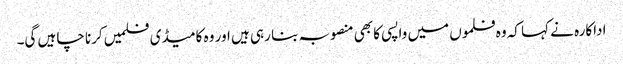
اداکارہ نے کہا کہ وہ فلموں میں واپسی کا بھی منصوبہ بنا رہی ہیں اور وہ کامیڈی فلمیں کرنا چاہیں گی۔